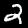
Digit: 2